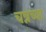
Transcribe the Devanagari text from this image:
चन्नच्या